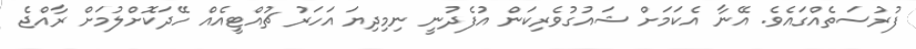
ފުރުސަތެއްގައެވެ. އޭނާ އެކަމަަށް ޝައުގުވެރިކަން އުފެދުނީ ނިމިދިޔަ އަހަރު ޗުއްޓީއެއް ހޭދަކޮށްލުމަށް ރާއްޖެ